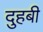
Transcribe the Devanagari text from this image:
दुहबी